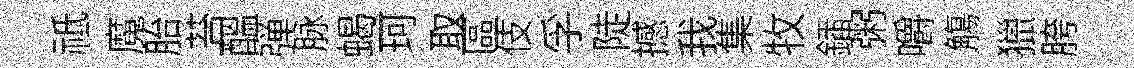
祗魔胎苔醖弹脉蝎珂取區伎孚陡撼我集牧鍤粥嚼觴獵胯